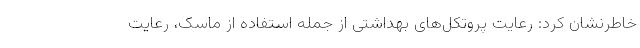
خاطرنشان کرد: رعایت پروتکل‌های بهداشتی از جمله استفاده از ماسک، رعایت